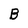
Character: B